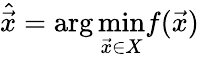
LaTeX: {\hat{\vec{x}}=\mathrm{arg}\, \underset{\vec{x}\in X}{\mathrm{min}}f(\vec{x})}